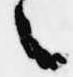
々